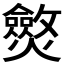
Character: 𤒥